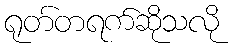
ရုတ်တရက်ဆိုသလို